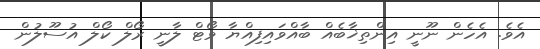
އެވެ. އެހެން ނޫނީ އިންތިޚާބެއް ބާއްވައިފިއްޔާ ވޯޓް ލާނީ ރޯލް ކޯލް އުސޫލުން